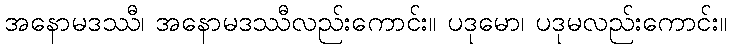
အနောမဒဿီ၊ အနောမဒဿီလည်းကောင်း။ ပဒုမော၊ ပဒုမလည်းကောင်း။